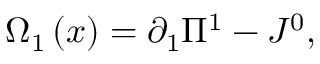
\Omega _ { 1 } \left( x \right) = \partial _ { 1 } \Pi ^ { 1 } - J ^ { 0 } ,